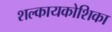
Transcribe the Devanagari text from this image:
शल्कायकोशिका